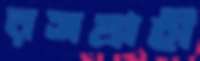
রসগ্রাহী